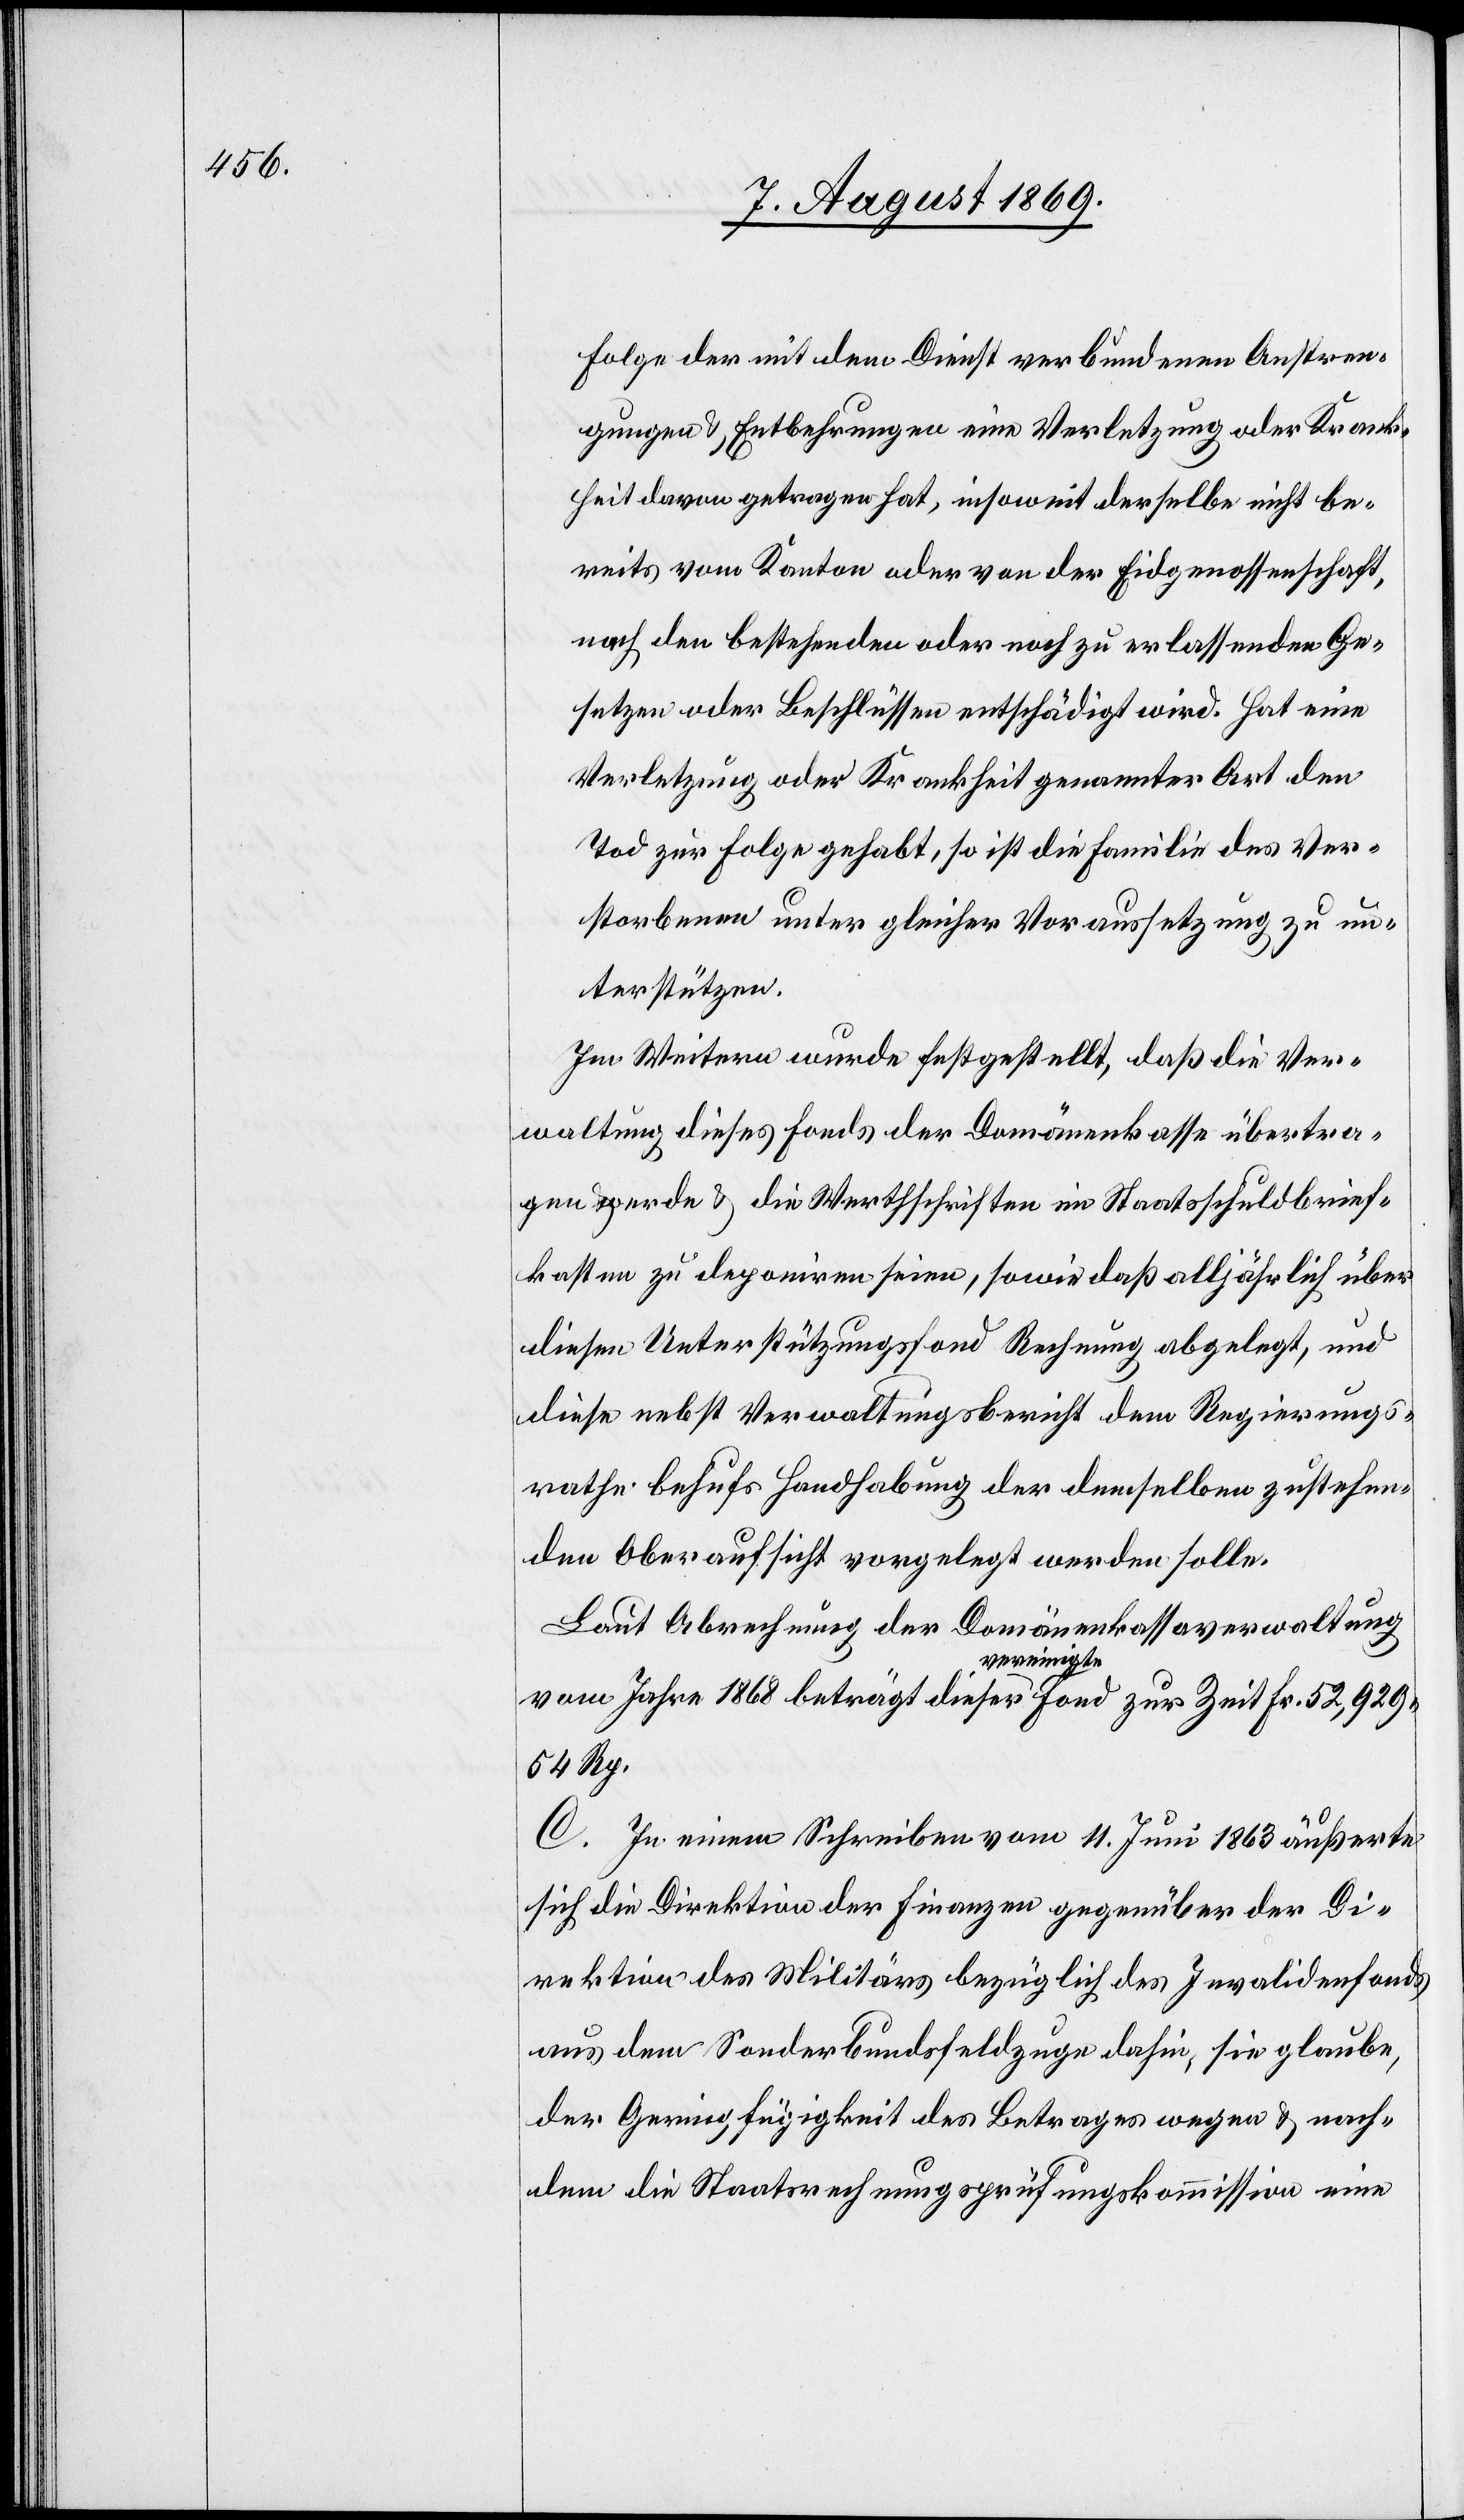
Folge der mit dem Dienst verbundenen Anstren¬
gungen & Entbehrungen eine Verletzung oder Krank¬
heit davon getragen hat, insoweit derselbe nicht be¬
reits vom Kanton oder von der Eidgenossenschaft,
nach den bestehenden oder noch zu erlassenden Ge¬
setzen oder Beschlüssen entschädigt wird. Hat eine
Verletzung oder Krankheit genannter Art den
Tod zur Folge gehabt, so ist die Familie des Ver¬
storbenen unter gleicher Voraussetzung zu un¬
terstützen.
Im Weitern wurde festgestellt, daß die Ver¬
waltung dieses Fonds der Domänenkasse übertra¬
gen wurde & die Wertschriften im Staatsschuldbrief¬
kasten zu deponiren seien, sowie daß alljährlich über
diesen Unterstützungsfond Rechnung abgelegt, und
diese nebst Verwaltungsbericht dem Regierungs¬
rathe behufs Handhabung der demselben zustehen¬
den Oberaufsicht vorgelegt werden solle.
Laut Abrechnung der Domänenkassaverwaltung
vom Jahre 1868 beträgt dieser vereinigte Fond zur Zeit Fr. 52,929.54
Rp.
C. In einem Schreiben vom 11. Juni 1863 äußerte
sich die Direktion der Finanzen gegenüber der Di¬
rektion des Militärs bezüglich des Invalidenfonds
aus dem Sonderbundsfeldzuge dahin, sie glaube,
der Geringfügigkeit des Betrages wegen & nach¬
dem die Staatsrechnungsprüfungskommission eine